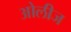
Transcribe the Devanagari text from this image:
ओलीज